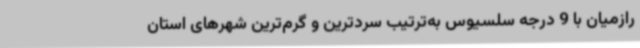
رازمیان با 9 درجه سلسیوس به‌ترتیب سردترین و گرم‌ترین شهرهای استان